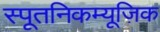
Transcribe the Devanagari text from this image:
स्पूतनिकम्यूज़िक